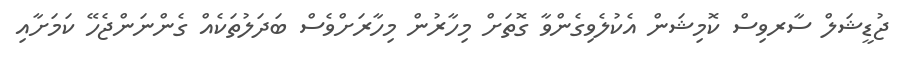
ޖުޑީޝަލް ސާރވިސް ކޮމިޝަން އެކުލެވިގެންވާ ގޮތަށް މިހާރުން މިހާރަށްވެސް ބަދަލުތަކެއް ގެންނަންޖެހޭ ކަމަށާއި